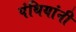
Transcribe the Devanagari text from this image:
पंथियांनी